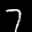
Label: 7